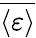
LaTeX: \overline{{\langle\varepsilon\rangle}}